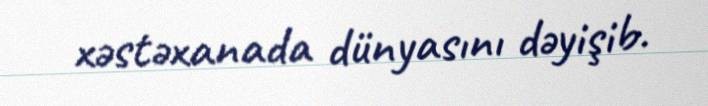
xəstəxanada dünyasını dəyişib.